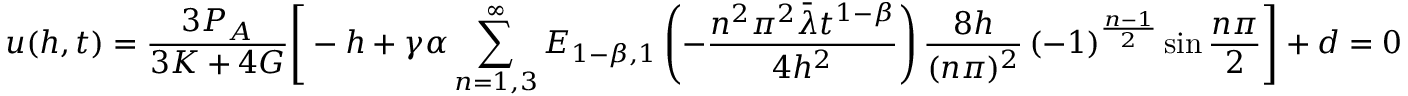
u ( h , t ) = \frac { 3 P _ { A } } { 3 K + 4 G } \Bigg [ - h + \gamma \alpha \sum _ { n = 1 , 3 } ^ { \infty } E _ { 1 - \beta , 1 } \left( - { \frac { n ^ { 2 } \pi ^ { 2 } \bar { \lambda } t ^ { 1 - \beta } } { 4 h ^ { 2 } } } \right) \frac { 8 h } { ( n \pi ) ^ { 2 } } \left( - 1 \right) ^ { \frac { n - 1 } { 2 } } \sin \frac { n \pi } { 2 } \Bigg ] + d = 0